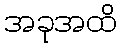
အခုအထိ